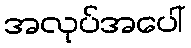
အလုပ်အပေါ်